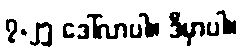
၇.၂၅ ဒေါ်လာပါ။ ဒီမှာပါ။